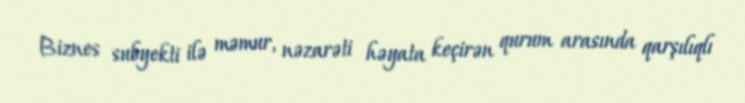
Biznes subyekti ilə məmur, nəzarəti həyata keçirən qurum arasında qarşılıqlı